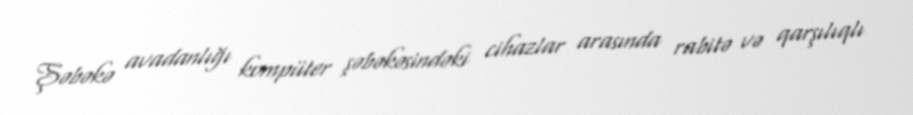
Şəbəkə avadanlığı kompüter şəbəkəsindəki cihazlar arasında rabitə və qarşılıqlı